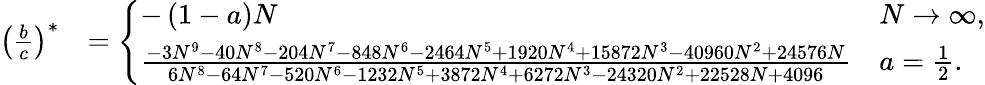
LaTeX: \begin{array}{rl}{\left(\frac{b}{c}\right)^{\ast}}&{=\left\{ \begin{array}{ll}{-\left(1-a\right)N}&{N\rightarrow\infty,}\\ {\frac{-3N^{9}-40N^{8}-204N^{7}-848N^{6}-2464N^{5}+1920N^{4}+15872N^{3}-40960N^{2}+24576N}{6N^{8}-64N^{7}-520N^{6}-1232N^{5}+3872N^{4}+6272N^{3}-24320N^{2}+22528N+4096}}&{a=\frac{1}{2}.}\end{array}\right.}\end{array}